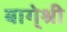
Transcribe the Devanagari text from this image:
बागे्श्री